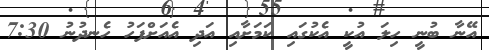
އޭނާ ބުނީ ހިލަ އުކީ އެކުގައި ކަމަށާއި އަދި އެއަށްފަހު ހެނދުނު 7:30